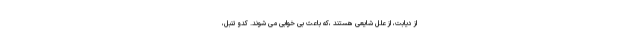
از دیابت، از علل شایعی هستند ،که باعث بی خوابی می شوند. کدو تنبل،